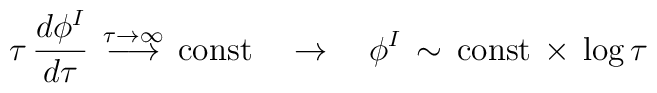
\tau \, \frac{d\phi^I}{d\tau} \, \stackrel{\tau \to \infty}{\longrightarrow } \, \mbox{const} \quad \rightarrow \quad \phi^I \, \sim  \, \mbox{const}\,  \times \, \log \tau